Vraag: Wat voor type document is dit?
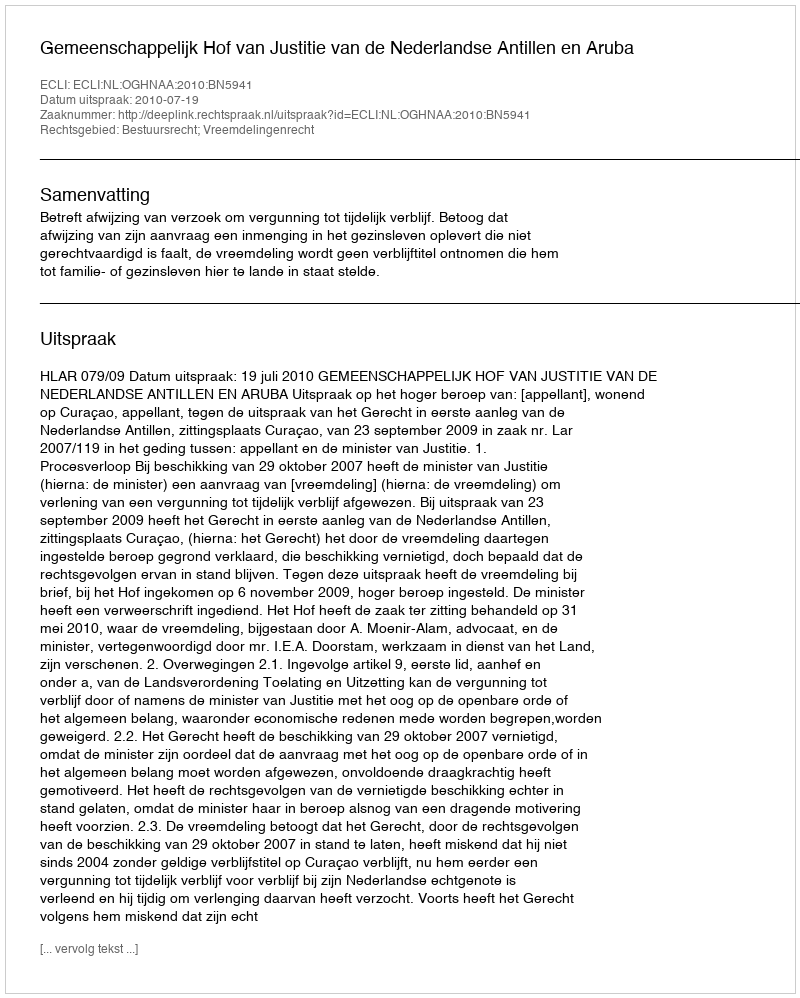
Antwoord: Uitspraak